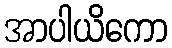
အာပါယိကော